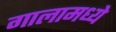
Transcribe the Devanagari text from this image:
गालामध्ये